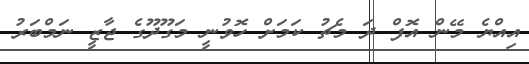
އިއްޔެ މޭން އޮފް ދަ މެޗު ކަމަށް ހޮވުނީ މަގޫދޫގެ ޖާޒީ ނަމްބަރު